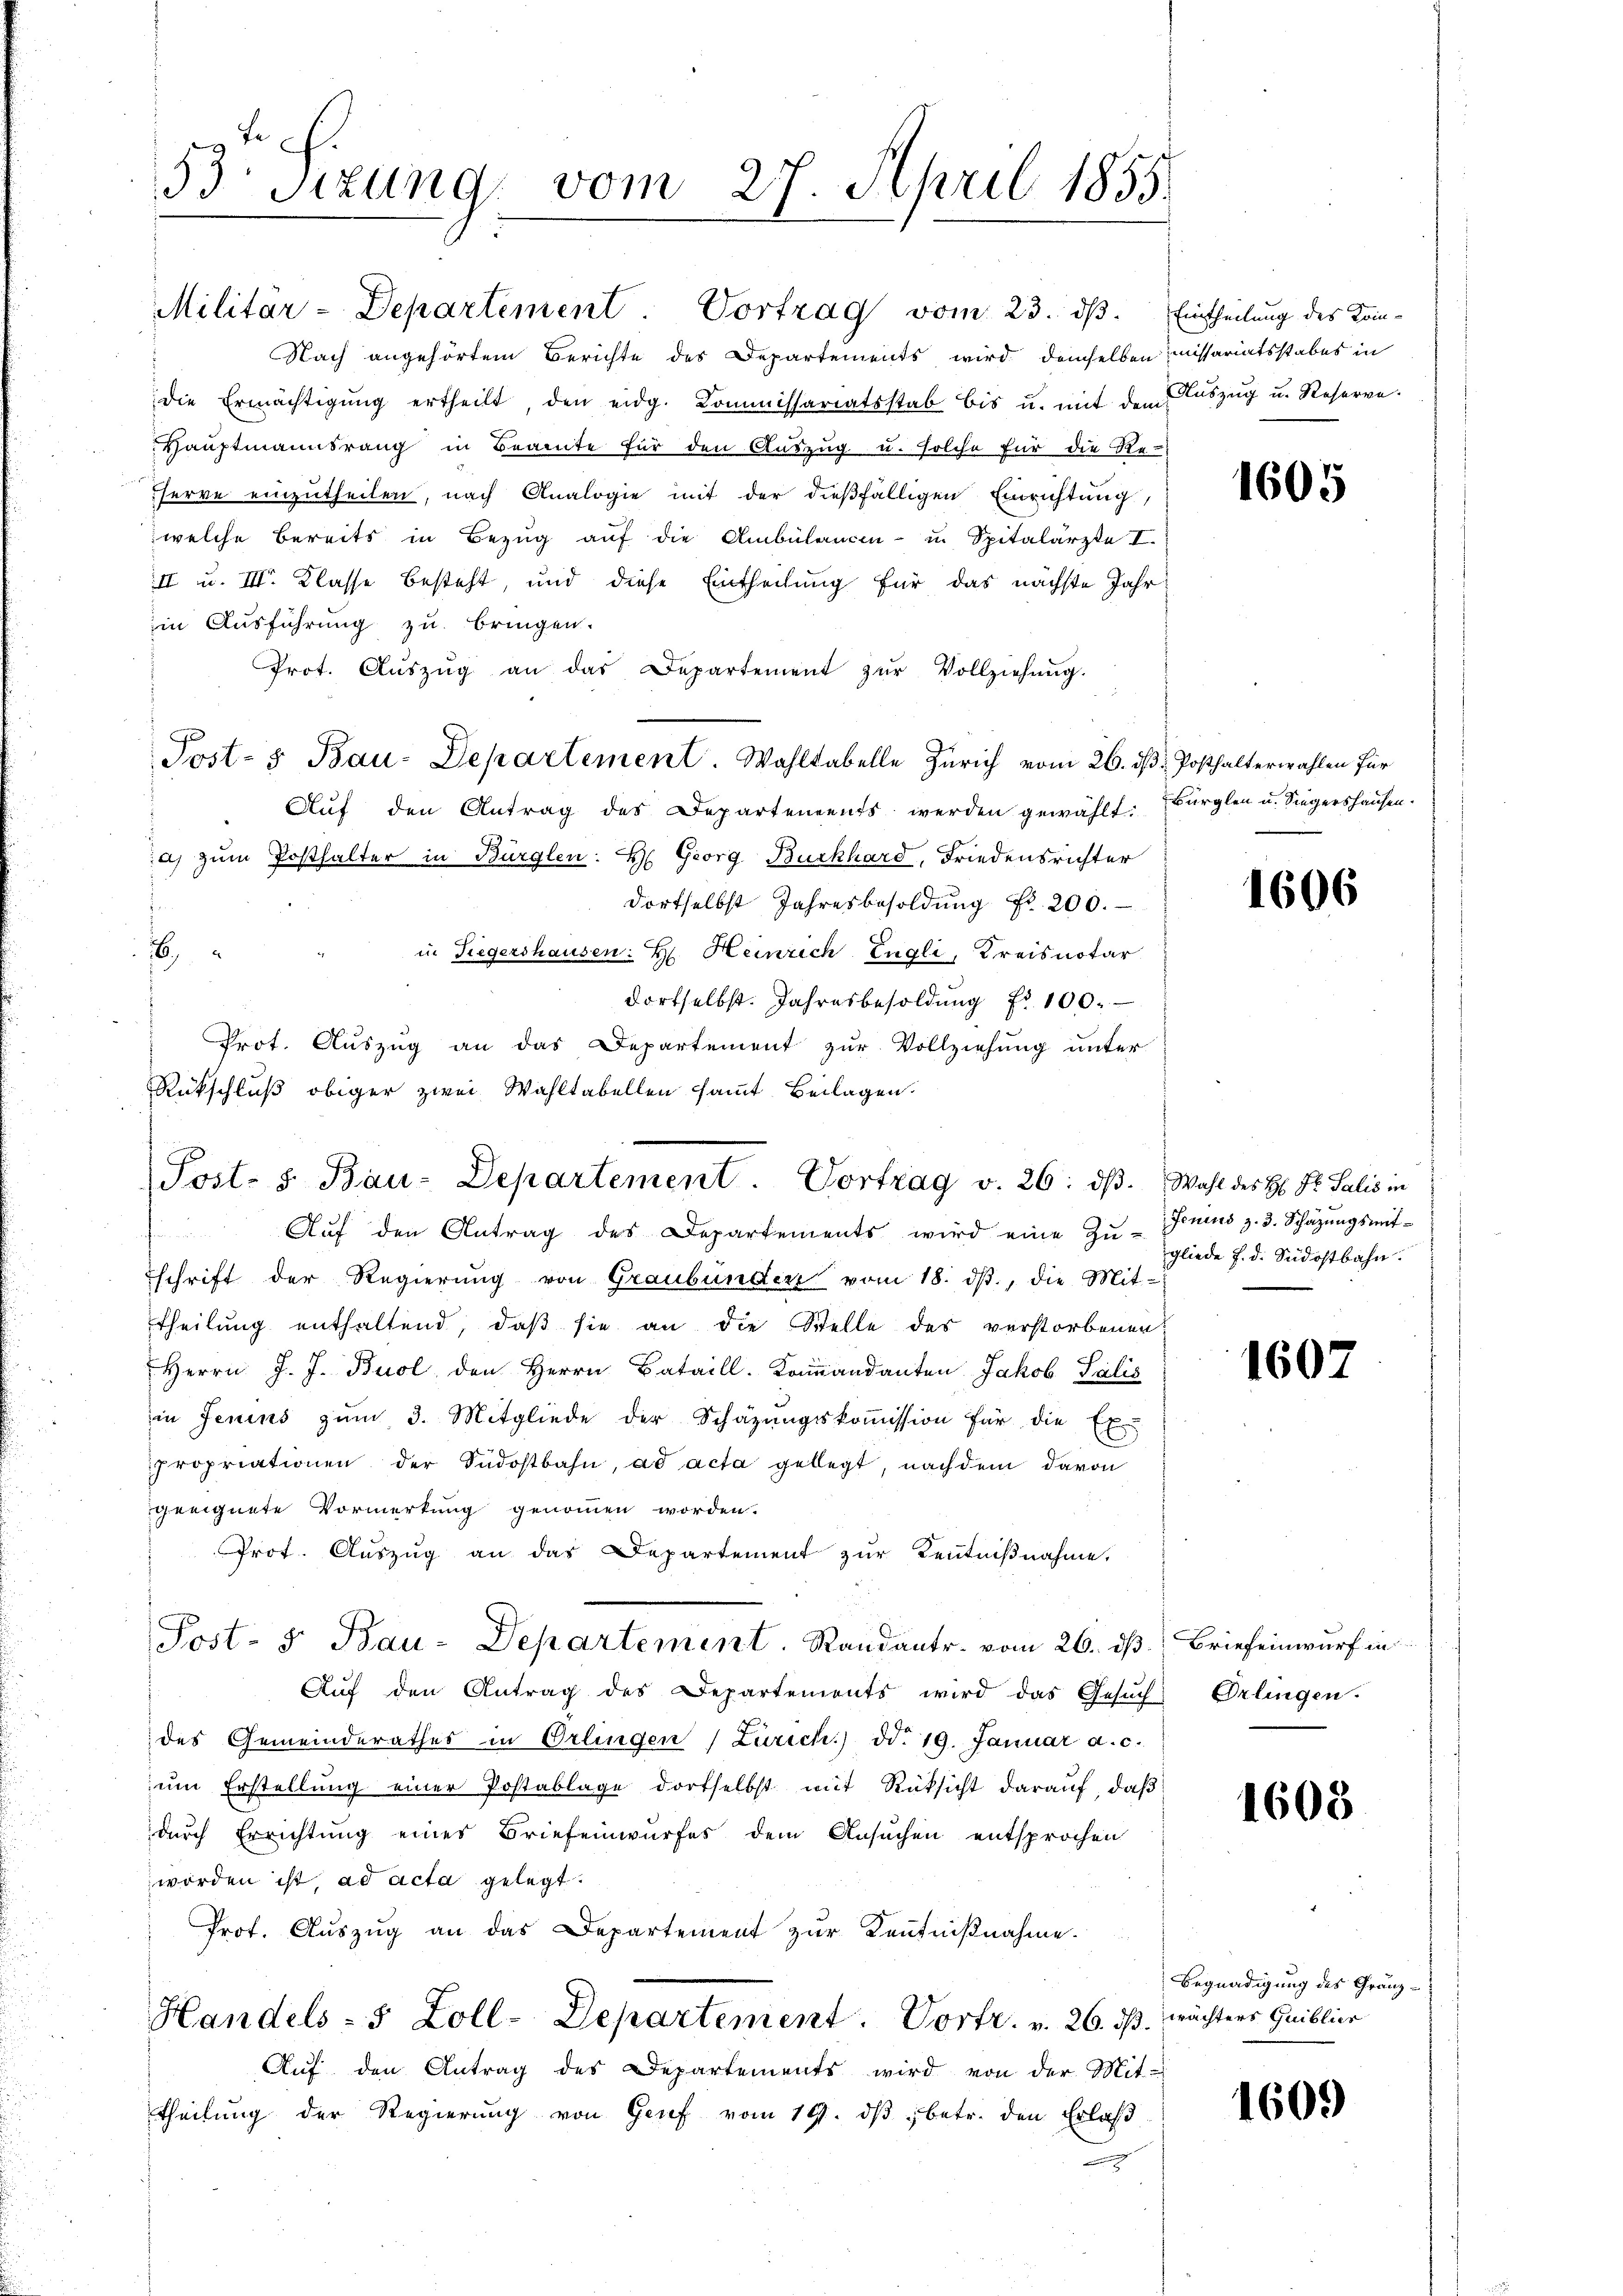
53 Sizung vom 27. April 1855

Militär-Departement. Vortrag vom 23. dβ.
Nach angehörtem Berichte des Departements wird demselben
die Ermächtigŭng ertheilt, den eidg. Kommissariatsstab bis u. mit dem Aŭszŭg u. Reserve-
Haŭptmannsrang in Beamte für den Aŭszŭg u. solche für die Re-
serve einzutheilen, nach Analogie mit der dießfälligen Einrichtung,
welche bereits in Bezug auf die Ambülancen- u. Spitalarzte I
II u. III. Klasse besteht, und diese Eintheilung für das nächste Jahr
in Ausführung zu bringen.
Prot. Aŭszŭg an das Departement zŭr Vollziehŭng.

Aŭf den Antrag des Departements werden gewählt:
a) zum Posthalter in Bürglen: H. Georg Burkhard, Friedensrichter
dortselbst Jahresbesoldung Fr. 200.
in Siegershausen: Hr. Heinrich Engli, Kreisnotar
16
dortselbst. Jahresbesoldŭng Nr. 100.
Prot. Auszug an das Departement zur Vollziehung unter
Rückschluß obiger zwei Wahltabellen sammt Beilagen.
Aŭf den Antrag des Departements wird eine Zŭ-
d
schrift der Regierung von Graubünden vom 18. dβ, die Mit-
Theilung enthaltend, daß sie an die Stelle des verstorbenen
Herrn J. J. Buol den Herrn Bataill. Kommandanten Jakob Salis
in Jenins zum 3. Mitgliede der Schäzŭngskoṁission für die Ex-
propriationen der Südostbahn, ad acta gelegt, nachdem davon
geeignete Vormerkung genommen worden.
Prot. Auszug an das Departement zur Kenntnißnahme,
Post- & Bau-Departement. Randantr. vom 26. ds Briefeinwurf in
Aŭf den Antrag des Departements wird das Gesŭch Orlingen.
des Gemeinderathes in Orlingen Zürich) dd. 19. Januar a.c.
um Erstellung einer Postablage dortselbst mit Rücksicht darauf, daß
durch Errichtung eines Briefeinwurfes dem Ansuchen entsprochen
worden ist, ad acta gelegt.
Prot. Aŭszŭg an das Departement zŭr Keṅtniβnahme.
Handels- 5 Zoll-Departement. Vortr. v. 26. ds. mächters Quiblico
Aŭf den Antrag des Departements wird von der Mit-
theilung der Regierŭng von Genf vom 19. dβ betr. den Erlaß

Post- & Bau-Departement. Wahltabelle Zürich vom 26. d. Posthalterwahlen für

Post- & Bau-Departement. Vortrag v. 26. dβ. Wahl des H. Dr. Salis in

Eintheilung des Kom-
missariatsstabes in

1605

Bürglen u. Siegershausen.

1606

Jenins z. 3. Schäzungsmitgliede d. d. Südostbahn.

1607

1608

Begnadigung des Gränz-

1609